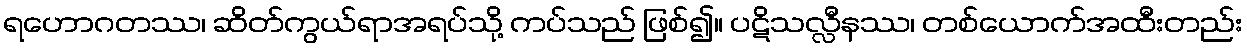
ရဟောဂတဿ၊ ဆိတ်ကွယ်ရာအရပ်သို့ ကပ်သည် ဖြစ်၍။ ပဋိသလ္လီနဿ၊ တစ်ယောက်အထီးတည်း